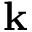
\mathbf k